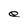
Character: e